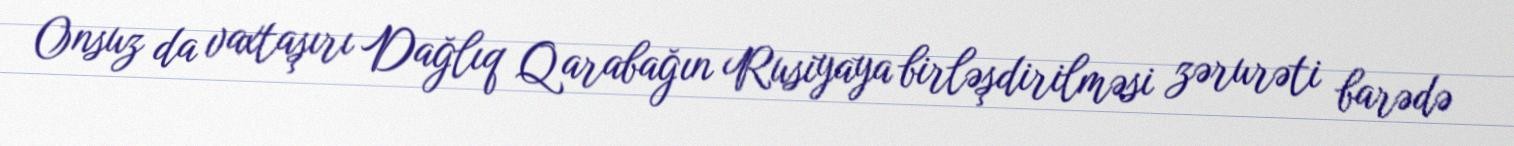
Onsuz da vaxtaşırı Dağlıq Qarabağın Rusiyaya birləşdirilməsi zərurəti barədə